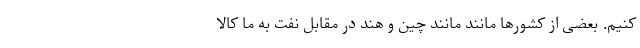
کنیم. بعضی از کشورها مانند مانند چین و هند در مقابل نفت به ما کالا